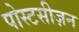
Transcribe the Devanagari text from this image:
पोस्टसीज़न